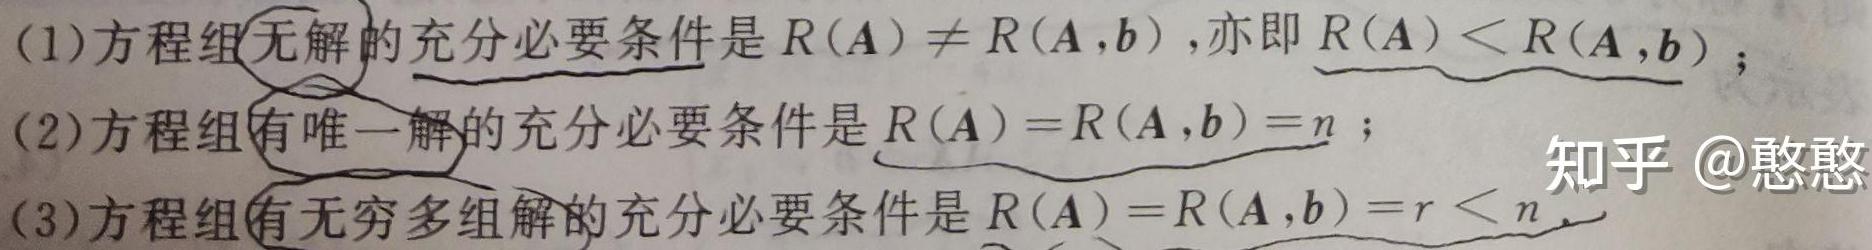
(1) 方程组无解的充分必要条件是$R(\mathbf{A})\neq R(\mathbf{A},b)$，亦即$R(\mathbf{A})<R(\mathbf{A},b)$；
(2) 方程组有唯一解的充分必要条件是$R(\mathbf{A}) = R(\mathbf{A},b)=n$；
(3) 方程组有无穷多组解的充分必要条件是$R(\mathbf{A}) = R(\mathbf{A},b)=r < n$。